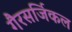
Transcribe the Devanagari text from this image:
गैरसर्जिकल